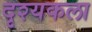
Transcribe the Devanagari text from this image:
दृश्‍यकला